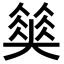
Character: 𡚅